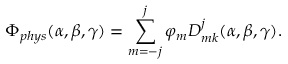
\Phi _ { p h y s } ( \alpha , \beta , \gamma ) = \sum _ { m = - j } ^ { j } \varphi _ { m } D _ { m k } ^ { j } ( \alpha , \beta , \gamma ) .